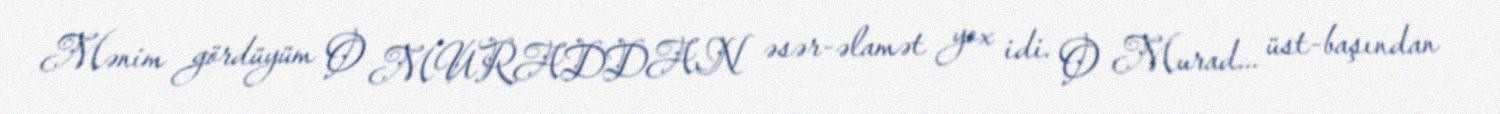
Mənim gördüyüm O MURADDAN əsər-əlamət yox idi. O Murad... üst-başından